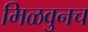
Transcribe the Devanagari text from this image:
मिळवुनच